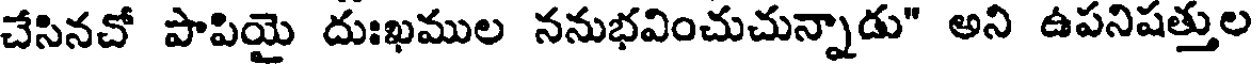
చేసినచో పాపియై దుఃఖముల ననుభవించుచున్నాడు" అని ఉపనిషత్తుల